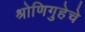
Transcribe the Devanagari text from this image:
श्रोणिगुहेचे